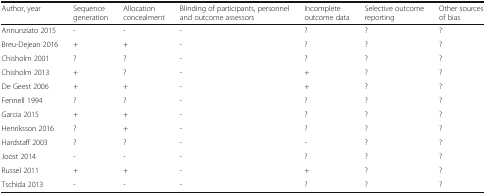
<table><thead><tr><td><b>Author, year</b></td><td><b>Sequence generation</b></td><td><b>Allocation concealment</b></td><td><b>Blinding of participants, personnel and outcome assessors</b></td><td><b>Incomplete outcome data</b></td><td><b>Selective outcome reporting</b></td><td><b>Other sources of bias</b></td></tr></thead><tbody><tr><td>Annunziato 2015</td><td>-</td><td>-</td><td>-</td><td>?</td><td>?</td><td>?</td></tr><tr><td>Breu-Dejean 2016</td><td>+</td><td>+</td><td>-</td><td>?</td><td>?</td><td>?</td></tr><tr><td>Chisholm 2001</td><td>?</td><td>?</td><td>-</td><td>?</td><td>?</td><td>?</td></tr><tr><td>Chisholm 2013</td><td>+</td><td>?</td><td>-</td><td>+</td><td>?</td><td>?</td></tr><tr><td>De Geest 2006</td><td>+</td><td>+</td><td>-</td><td>+</td><td>?</td><td>?</td></tr><tr><td>Fennell 1994</td><td>?</td><td>?</td><td>-</td><td>?</td><td>?</td><td>?</td></tr><tr><td>Garcia 2015</td><td>+</td><td>+</td><td>-</td><td>?</td><td>?</td><td>?</td></tr><tr><td>Henriksson 2016</td><td>?</td><td>+</td><td>-</td><td>?</td><td>?</td><td>?</td></tr><tr><td>Hardstaff 2003</td><td>?</td><td>?</td><td>-</td><td>-</td><td>?</td><td>?</td></tr><tr><td>Joost 2014</td><td>-</td><td>-</td><td>-</td><td>?</td><td>?</td><td>?</td></tr><tr><td>Russel 2011</td><td>+</td><td>+</td><td>-</td><td>+</td><td>?</td><td>?</td></tr><tr><td>Tschida 2013</td><td>-</td><td>-</td><td>-</td><td>?</td><td>?</td><td>?</td></tr></tbody></table>